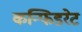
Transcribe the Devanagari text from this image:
कन्फिडरेट